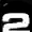
Digit: 2